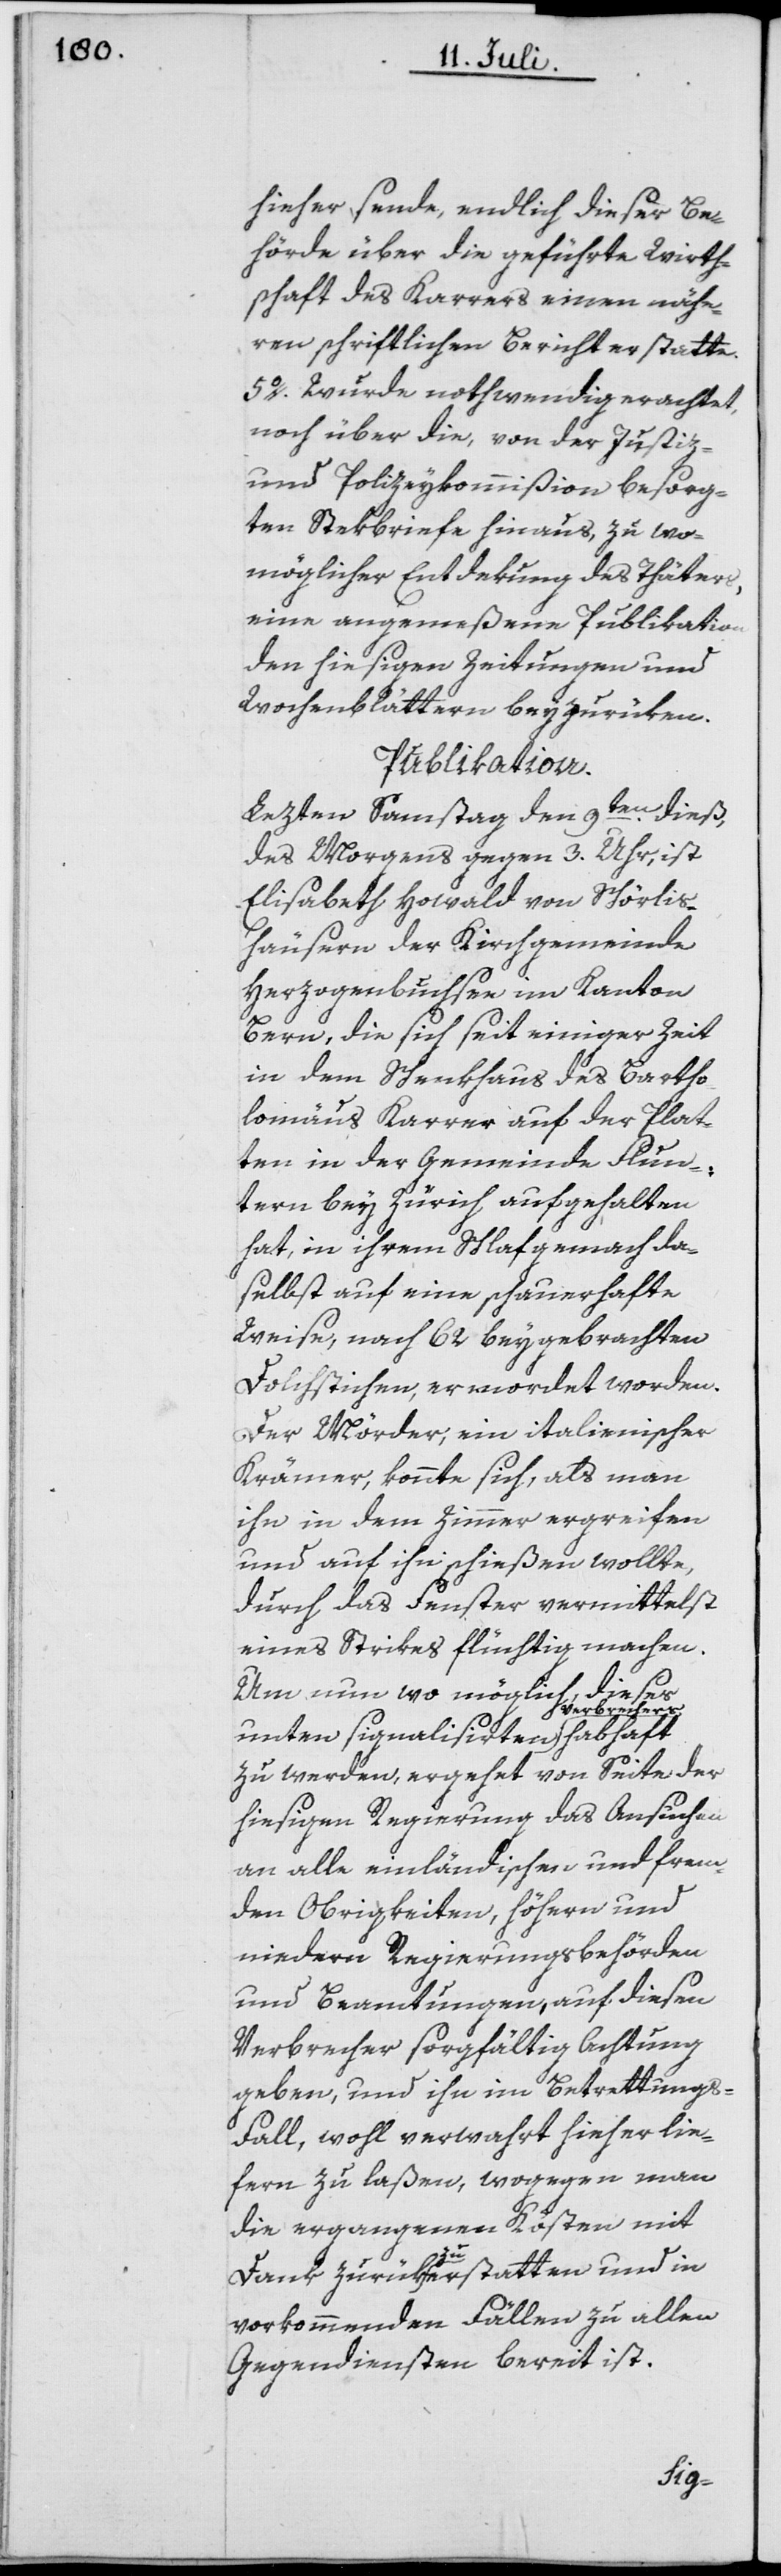
hieher sende, endlich dieser Be¬
hörde über die geführte Wirth¬
schaft des Karrers einen nähe¬
ren schriftlichen Bericht erstatte.
5o. Wurde nothwendig erachtet,
noch über die, von der Justiz-
und Polizeykommißion besorg¬
ten Stekbriefe hinaus, zu wo¬
möglicher Entdekung des Thäters,
eine angemeßene Publikation
den hiesigen Zeitungen und
Wochenblättern beyzurüken.
Publikation.
Lezten Samstag den 9ten dieß,
des Morgens gegen 3. Uhr, ist
Elisabeth Howald von Schörlis¬
hausern der Kirchgemeinde
Herzogenbuchsee im Kanton
Bern, die sich seit einiger Zeit
in dem Schenkhaus des Bartho¬
lomäus Karrer auf der Plat¬
ten in der Gemeinde Flun¬
tern bey Zürich aufgehalten
hat, in ihrem Schlafgemach da¬
selbst auf eine schauerhafte
Weise, nach 62 beygebrachten
Dolchstichen, ermordet worden.
Der Mörder, ein italienischer
Krämer, konnte sich, als man
ihn in dem Zimmer ergreifen
und auf ihn schießen wollte,
durch das Fenster vermittelst
eines Strickes flüchtig machen.
Um nun wo möglich, dieses
a-Verbrechers-a
zu werden, ergehet von Seite der
hiesigen Regierung das Ansuchen
an alle einländischen und frem¬
den Obrigkeiten, höhern und
niedern Regierungsbehörden
und Beamtungen, auf diesen
Verbrecher sorgfältig Achtung
geben, und ihn im Betrettungs-F¬
all wohl verwahrt hieher lie¬
fern zu laßen, wogegen man
die ergangenen Kösten mit
Dank zurüka-zu-aerstatten und in
vorkommenden Fällen zu allen
Gegendiensten bereit ist.